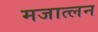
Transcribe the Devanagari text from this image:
मजात्लन